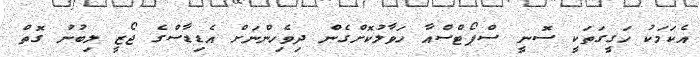
އެކަމަކު ހަގީގަތަކީ ސޮނީ ސްޕޯޓްސްއާ ހަވާލުކޮށްގެން ދިވެހިންނަށް އެޑިޑާސްގެ ޖޯޒީ ލިބުނު ގޮތް